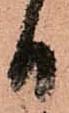
日